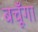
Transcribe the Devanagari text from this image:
बचूँगा